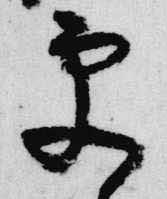
更